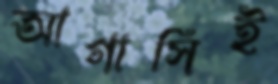
আগাসিই